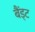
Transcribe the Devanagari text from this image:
बैंड्ट